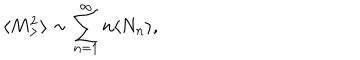
LaTeX: \langle M _ { > } ^ { 2 } \rangle \sim \sum _ { n = 1 } ^ { \infty } n \langle N _ { n } \rangle ,